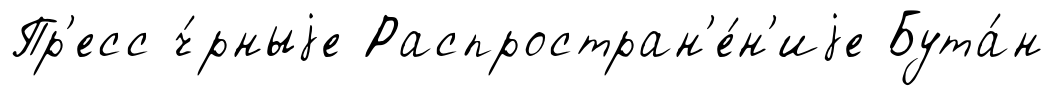
Пр'есс ч́рныjе Распростран'е́н'иjе Бута́н